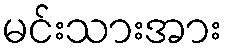
မင်းသားအား